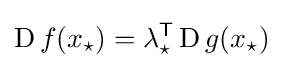
\operatorname {D} f(x_{\star })=\lambda _{\star }^{\mathsf {T}}\operatorname {D} g(x_{\star })~